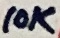
Text: 10K